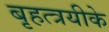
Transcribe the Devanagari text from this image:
बृहत्त्रयीके